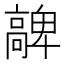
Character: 𩫝